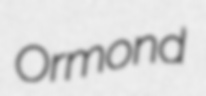
Ormond